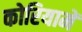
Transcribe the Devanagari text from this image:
कोरियामें